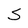
Character: S